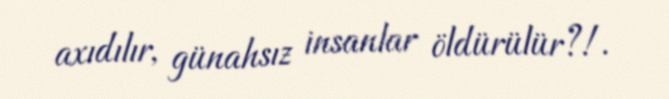
axıdılır, günahsız insanlar öldürülür?!.